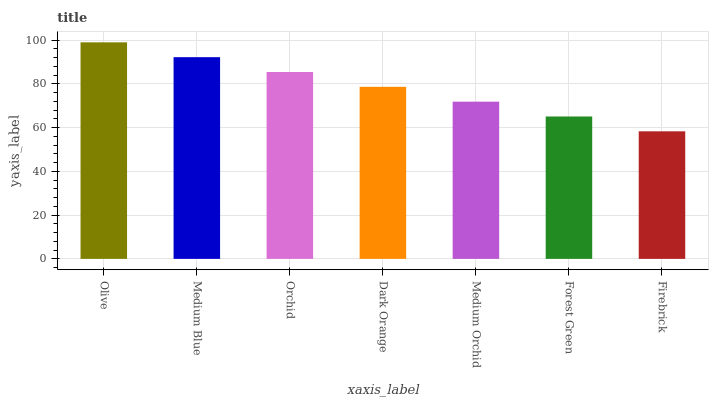
| xaxis_label | bars |
 | --- | --- |
 | Olive | 99 |
 | Medium Blue | 92.2 |
 | Orchid | 85.4 |
 | Dark Orange | 78.7 |
 | Medium Orchid | 71.9 |
 | Forest Green | 65.1 |
 | Firebrick | 58.3 |